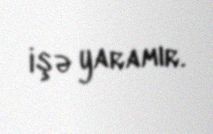
işə yaramır.